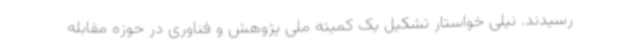
رسیدند. نیلی خواستار تشکیل یک کمیته ملی پژوهش و فناوری در حوزه مقابله